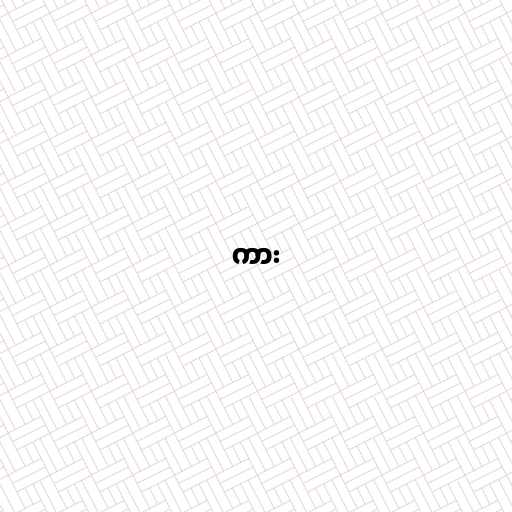
ကား